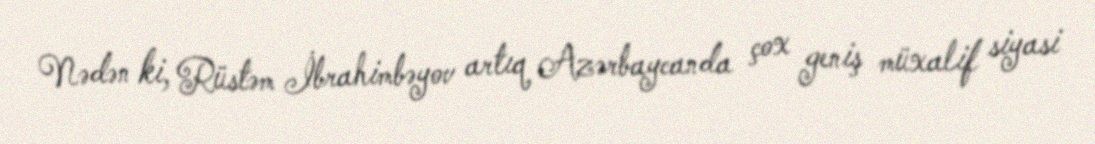
Nədən ki, Rüstəm İbrahimbəyov artıq Azərbaycanda çox geniş müxalif siyasi